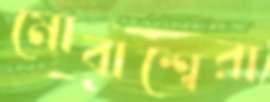
মোবাশ্বেরা